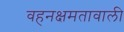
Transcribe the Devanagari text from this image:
वहनक्षमतावाली